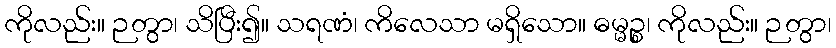
ကိုလည်း။ ဉတွာ၊ သိပြီး၍။ သရဏံ၊ ကိလေသာ မရှိသော။ ဓမ္မဉ္စ၊ ကိုလည်း။ ဉတွာ၊